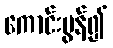
ကောင်းမွန်၍